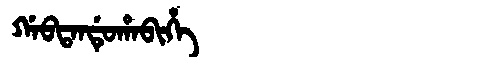
Manchu: ᡤᠠᠪᡨᠠᠨᡩᡠᡥᠠᠪᡳᡥᡝ
Romanization: GABTANDUHABIHE